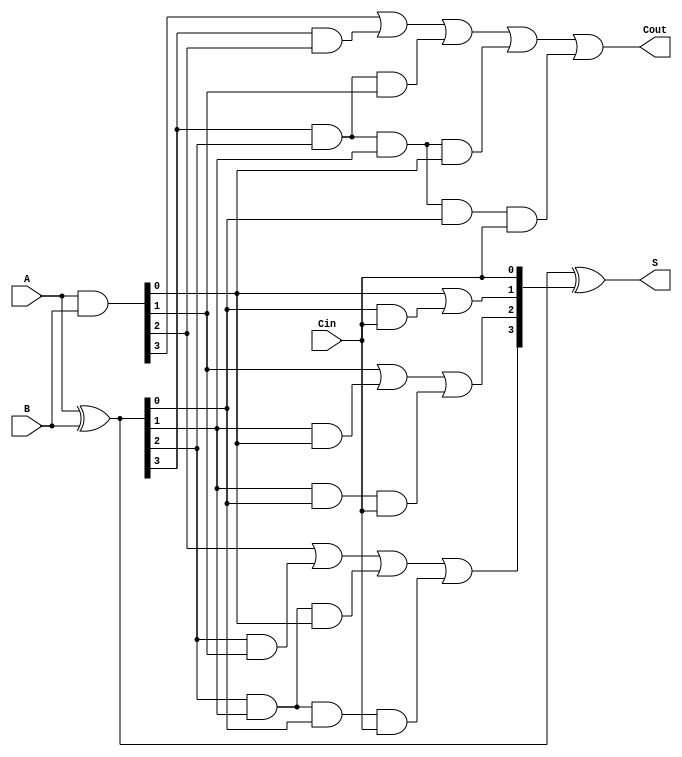
module CLA_4bit (
    input [3:0] A,      // 4-bit input A
    input [3:0] B,      // 4-bit input B
    input Cin,          // Carry-in
    output [3:0] S,     // 4-bit Sum output
    output Cout         // Carry-out
);
    wire [3:0] G;       // Generate signals
    wire [3:0] P;       // Propagate signals
    wire [4:0] C;       // Carry signals (C[0] = Cin, C[4] = Cout)

    // Generate and Propagate Logic
    assign G = A & B;        // Gi = Ai AND Bi
    assign P = A ^ B;        // Pi = Ai XOR Bi

    // Carry Signal Calculation
    assign C[0] = Cin;       // Carry-in
    assign C[1] = G[0] | (P[0] & C[0]);
    assign C[2] = G[1] | (P[1] & G[0]) | (P[1] & P[0] & C[0]);
    assign C[3] = G[2] | (P[2] & G[1]) | (P[2] & P[1] & G[0]) | (P[2] & P[1] & P[0] & C[0]);
    assign C[4] = G[3] | (P[3] & G[2]) | (P[3] & P[2] & G[1]) | (P[3] & P[2] & P[1] & G[0]) | (P[3] & P[2] & P[1] & P[0] & C[0]);

    // Sum Calculation
    assign S = P ^ {C[3:0]}; // Si = Ai XOR Bi XOR Ci
    assign Cout = C[4];      // Final carry-out

endmodule